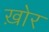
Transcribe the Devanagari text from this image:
ख़ोर